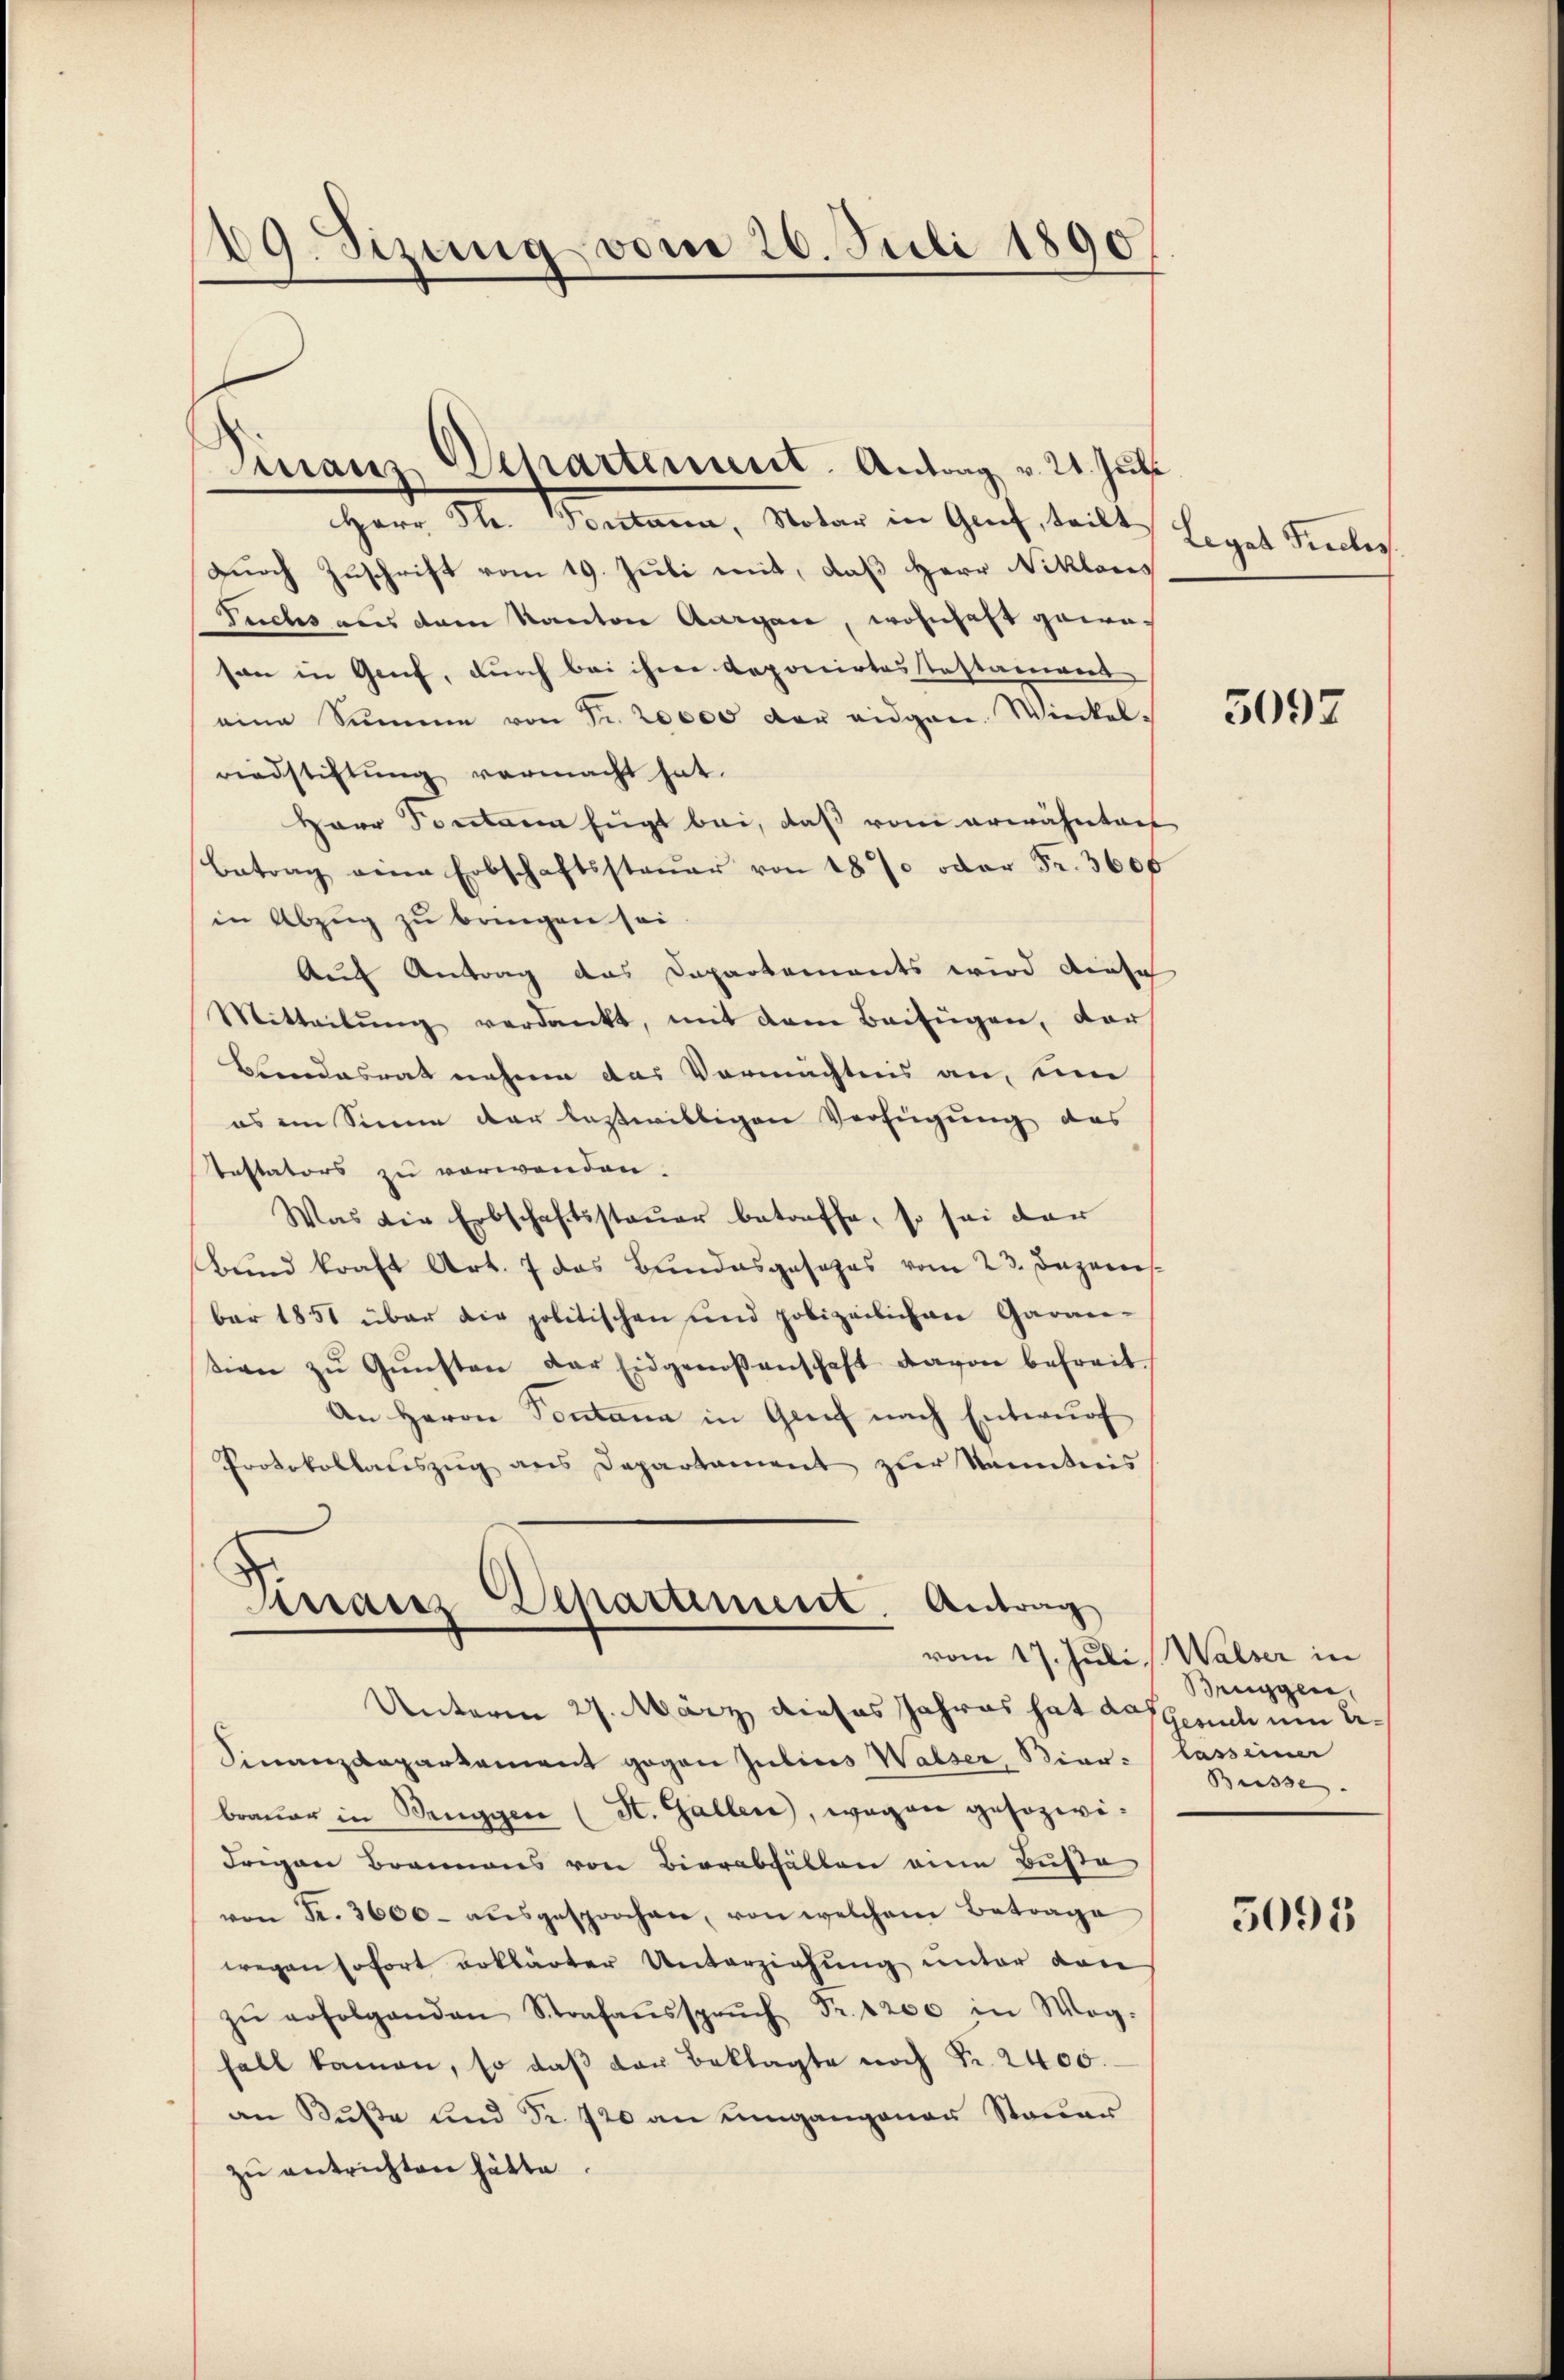
49. Sizung vom 26. Juli 1890

Durch Zuschrift vom 19. Juli mit, daß Herr Niklaus
Fuchs aus dem Kanton Aargau, wohnhaft geweson in Genf, durch bei ihre Deponirtes Testament
eine Summe von Fr. 20000 von eidgen. Winkelrindstiftung vermacht hat.
Herr Sontanen fügt bei, daß vom erwähnten
Betrag eine Erbschaftssteŭer von 187 oder Fr. 3600
in Abzug zu bringen sei.
Auf Antrag das Departements wird diese
Mitteilŭng verdankt, mit dem Beifügen, darf
Brandesrat nahme das Vermächtnis an, um
es im Sinne der bestwilligen Verfügung des
Testators zu verwenden.
Was die Erbschaftsstauer betreffe, so sei der
Bŭnd kraft Art. 7 das Bundesgesezes vom 23. Japanes.
bar 1851 über die politischen und polizeilichen Garan-
tion zŭ Gŭnsten der Eidgenoßenschaft davon befreit
An Herrn Pontana in Grief nach Entwurf
Protokollaŭszŭg ans Departament zŭr kanntnis
Tirainz Departement. Antrag

Finanz Departement. Antrag v. 21. Juli.
Herr Th. Sontana, Notar in Grief, teilt

Unterm 27. März dieses Jahres hat das Gesich um be¬
Finanzdepartement gegen Julius Walser, Bier- lass einer
braŭer in Bruggen (St. Gallen, wegen gesozwidrigen Brannens von Bierabhalten eine Buste
von Fr. 3600. aŭsgesprochen, von welchem Betrage
wegen sofort erklärter Unterziehung unter den
zŭ erfolgenden Strafaŭssprŭch Fr. 1200 in Weg-
fall kamen, so daß der Beklagte noch Fr. 2400.
an Buße und Fr. 720 an umgangenen Steuer
zŭ entrichten hätte.

Legat Frecles

3097

vom 17. Juli, Walser in
Brüggen,
Buisse. |

5091